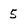
Character: 5